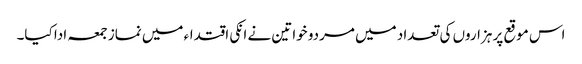
اس موقع پر ہزاروں کی تعداد میں مردو خواتین نے انکی اقتداء میں نماز جمعہ ادا کیا۔